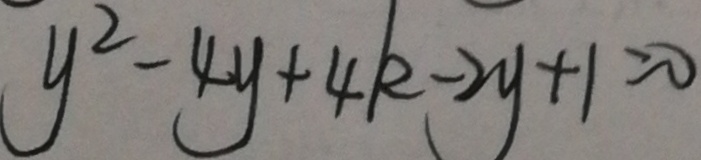
y ^ { 2 } - 4 y + 4 k - 2 y + 1 = 0